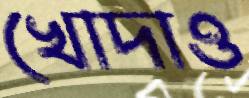
খোদাও